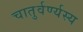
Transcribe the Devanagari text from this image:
चातुर्वर्ण्यस्य